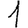
Digit: 1